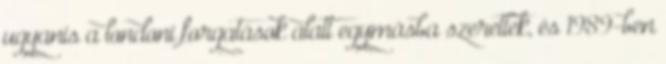
ugyanis a londoni forgatások alatt egymásba szerettek, és 1989-ben